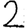
Digit: 2